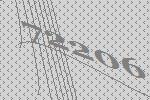
72206